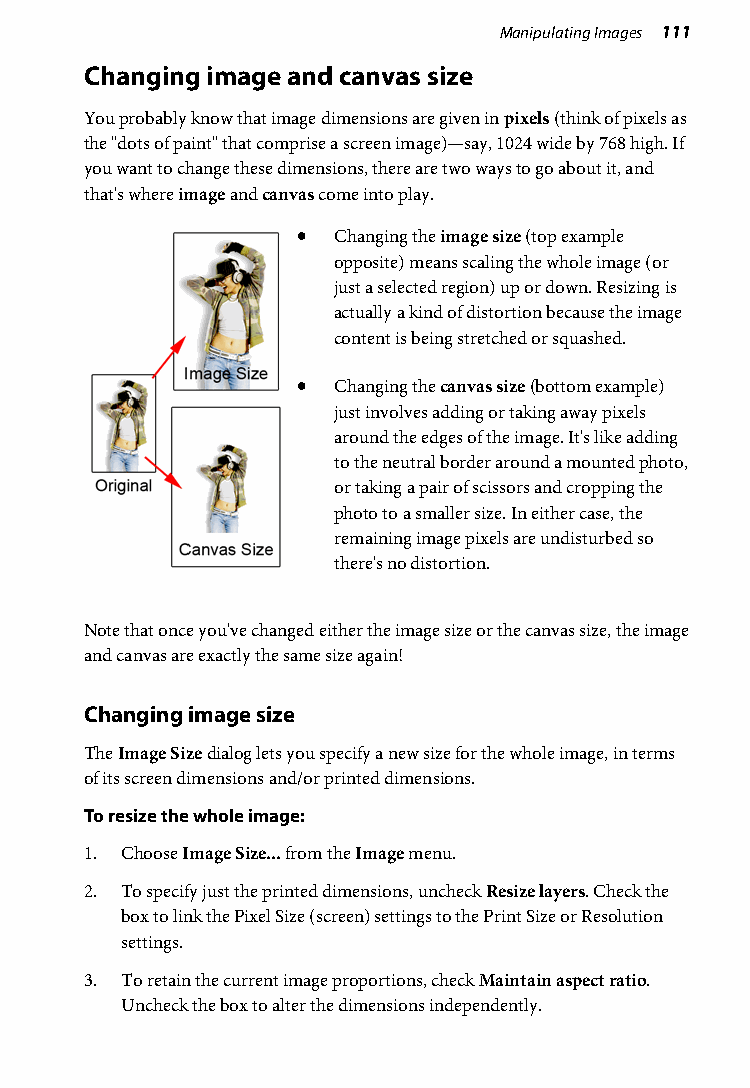
Manipulating Images 111
 Changing image and canvas size
 You probably know that image dimensions are given in pixels (think of pixels as
 the "dots of paint" that comprise a screen image)—say, 1024 wide by 768 high. If
 you want to change these dimensions, there are two ways to go about it, and
 that's where image and canvas come into play.
 • Changing the image size (top example
 opposite) means scaling the whole image (or
 just a selected region) up or down. Resizing is
 actually a kind of distortion because the image
 content is being stretched or squashed.
 • Changing the canvas size (bottom example)
 just involves adding or taking away pixels
 around the edges of the image. It's like adding
 to the neutral border around a mounted photo,
 or taking a pair of scissors and cropping the
 photo to a smaller size. In either case, the
 remaining image pixels are undisturbed so
 there's no distortion.
 Note that once you've changed either the image size or the canvas size, the image
 and canvas are exactly the same size again!
 Changing image size
 The Image Size dialog lets you specify a new size for the whole image, in terms
 of its screen dimensions and/or printed dimensions.
 To resize the whole image:
 1. Choose Image Size... from the Image menu.
 2. To specify just the printed dimensions, uncheck Resize layers. Check the
 box to link the Pixel Size (screen) settings to the Print Size or Resolution
 settings.
 3. To retain the current image proportions, check Maintain aspect ratio.
 Uncheck the box to alter the dimensions independently.